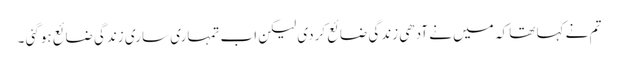
تم نے کہا تھا کہ میں نے آدھی زندگی ضائع کردی لیکن اب تمہاری ساری زندگی ضائع ہوگئی ۔